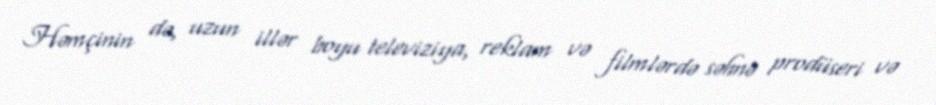
Həmçinin də, uzun illər boyu televiziya, reklam və filmlərdə səhnə prodüseri və